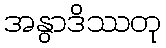
အနွာဒိဿတု